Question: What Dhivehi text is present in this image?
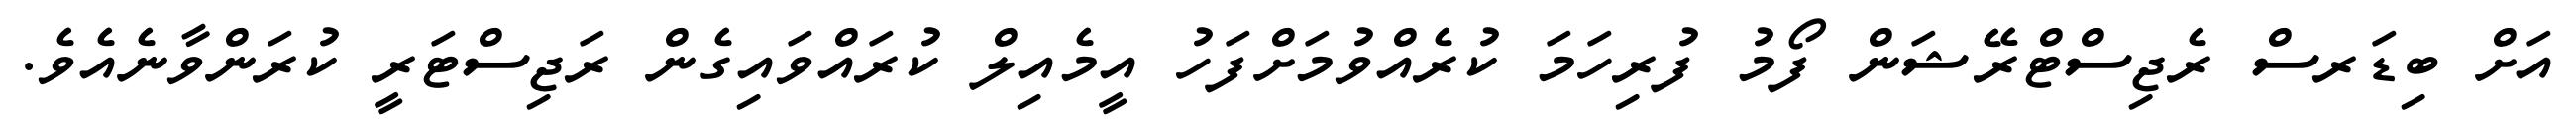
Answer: އަށް ބިޑަރސް ރެޖިސްޓްރޭޝަން ފޯމު ފުރިހަމަ ކުރެއްވުމަށްފަހު އީމެއިލް ކުރައްވައިގެން ރަޖިސްޓަރީ ކުރަންވާނެއެވެ.